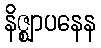
နိဇ္ဈာပနေန